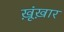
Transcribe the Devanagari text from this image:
ख़ूंख़ार